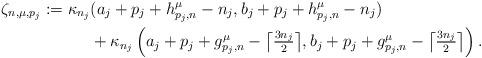
LaTeX: \begin{align*}\zeta_{n, \mu, p_{j}} := \kappa_{n_j} &(a_{j} + p_{j} + h_{p_{j}, n}^{\mu} - n_j, b_{j} + p_{j} + h_{p_{j}, n}^{\mu} - n_j) \\ &\textstyle{} + \kappa_{n_j} \left(a_{j} + p_{j} + g_{p_{j}, n}^{\mu} - \big\lceil \frac{3n_j}{2} \big\rceil, b_{j} + p_{j} + g_{p_{j}, n}^{\mu} - \big\lceil \frac{3n_j}{2} \big\rceil \right).\end{align*}